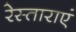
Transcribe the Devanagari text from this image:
रेस्ताराएं